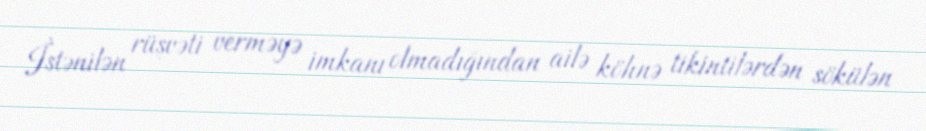
İstənilən rüşvəti verməyə imkanı olmadığından ailə köhnə tikintilərdən sökülən